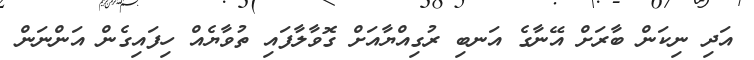
އަދި ނިކަން ބާރަށް އޭނާގެ އަނބި ރުގިއްޔާއަށް ގޮވާލާފައި ތުވާޔެއް ހިފައިގެން އަންނަން